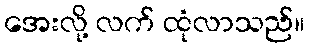
အေးလို့ လက် ထုံလာသည်။